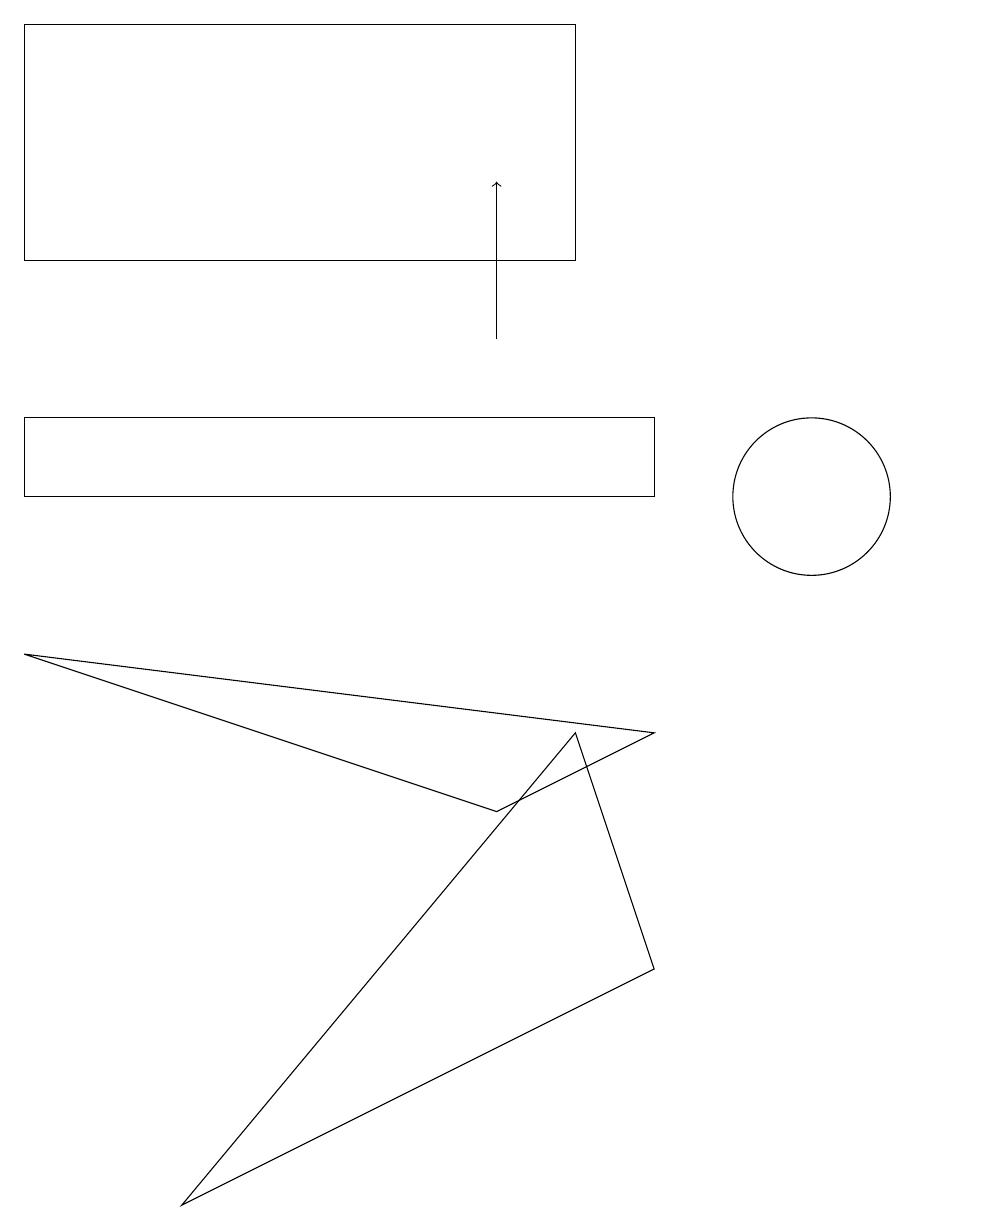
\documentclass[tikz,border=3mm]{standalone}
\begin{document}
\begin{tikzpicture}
\draw (12,11) circle (0);
\draw (10,11) circle (1);
\draw (0,11) rectangle (8,12);
\draw (6,7) -- (8,8) -- (0,9) -- cycle;
\draw (9,17) rectangle (9,17);
\draw (7,8) -- (2,2) -- (8,5) -- cycle;
\draw[->] (6,13) -- (6,15);
\draw (7,14) rectangle (0,17);
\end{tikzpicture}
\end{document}